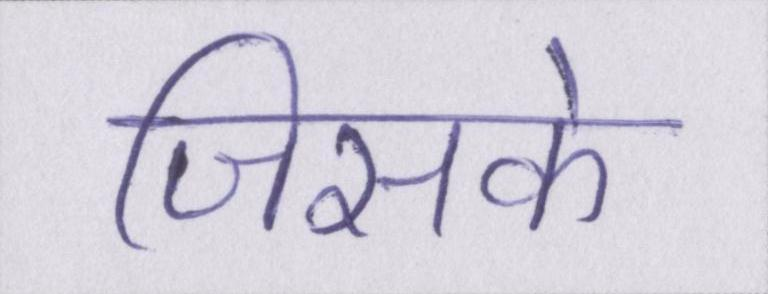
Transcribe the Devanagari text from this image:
जिसके